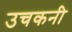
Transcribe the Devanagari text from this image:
उचकनी